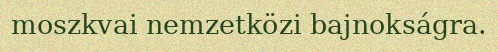
moszkvai nemzetközi bajnokságra.